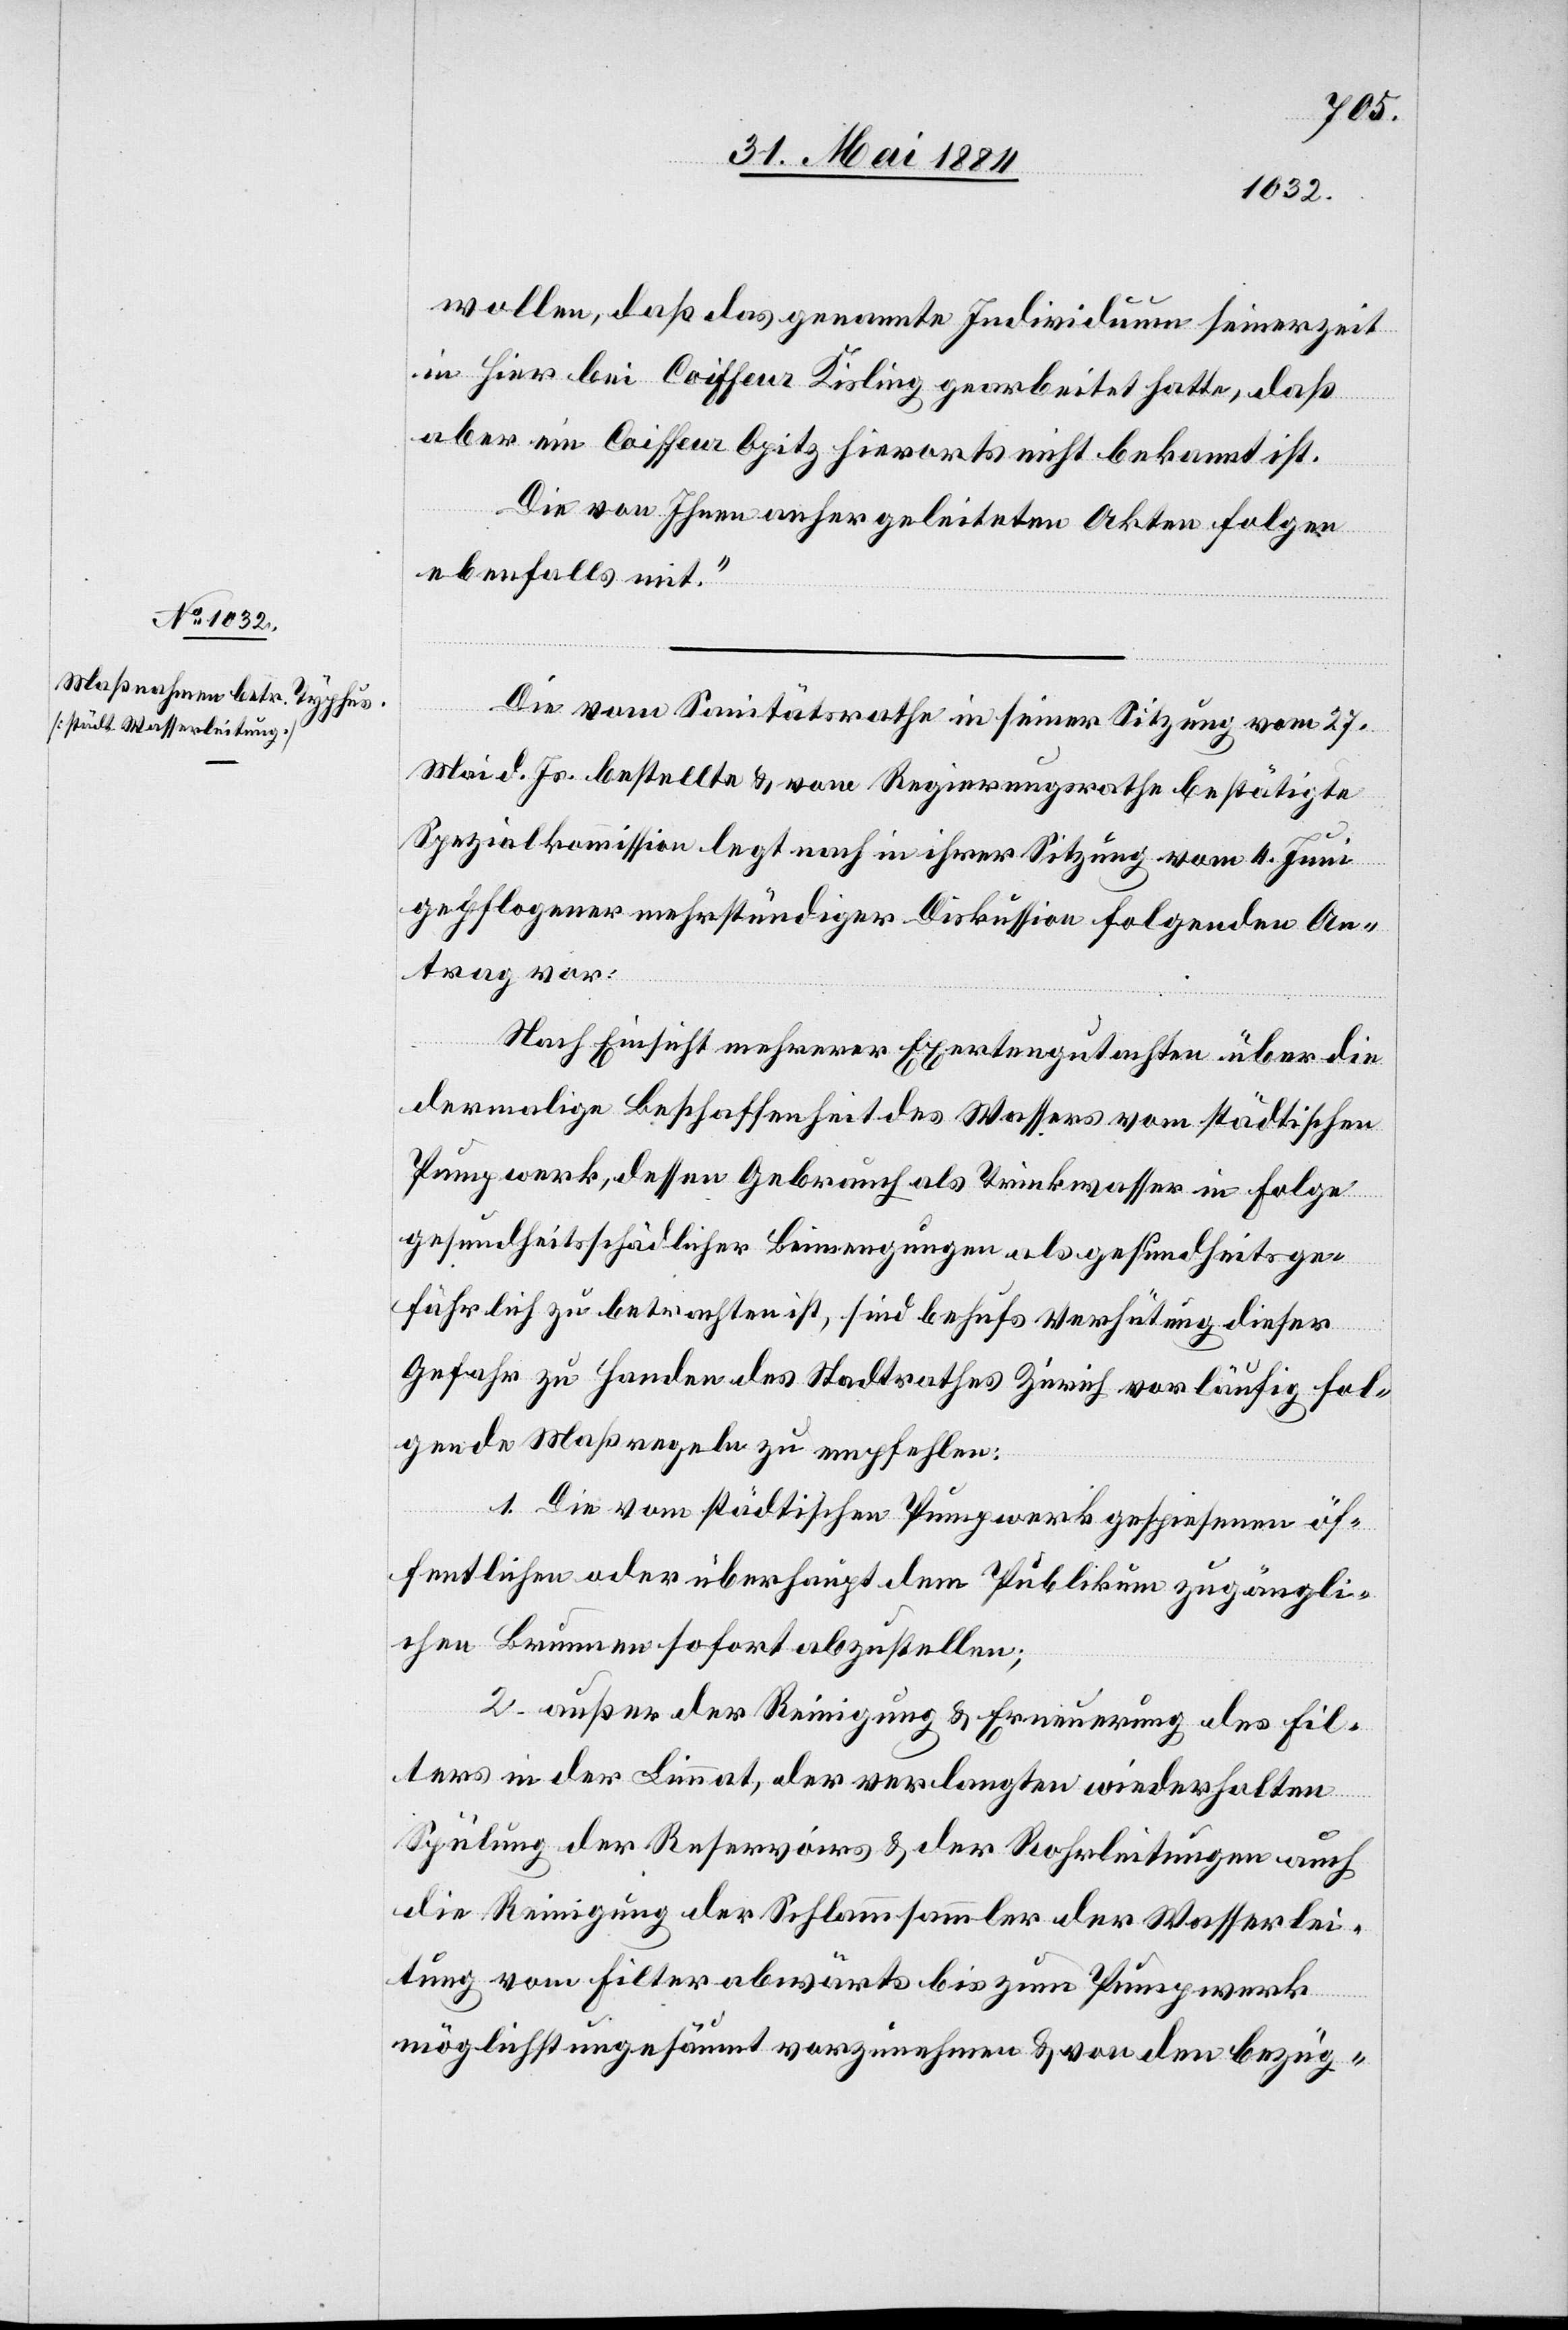
wollen, daß das genannte Individuum seinerzeit
in Hier bei Coiffeur Kisling gearbeitet hatte, daß
aber ein Coiffeur Opitz hierorts nicht bekannt ist.
Die von Ihnen anher geleiteten Akten folgen
ebenfalls mit.“
Die vom Sanitätsrathe in seiner Sitzung vom 27.
Mai d. Js. bestellte & vom Regierungsrathe bestätigte
Spezialkommission legt nach in ihrer Sitzung vom 4. Juni
gepflogener mehrstündiger Diskussion folgenden An¬
trag vor:
Nach Einsicht mehrerer Expertengutachten über die
dermalige Beschaffenheit des Wassers vom städtischen
Pumpwerk, dessen Gebrauch als Trinkwasser in Folge
gesundheitsschädlicher Beimengungen als gesundheitsge¬
fährlich zu betrachten ist, sind behufs Verhütung dieser
Gefahr zu Handen des Stadtrathes Zürich vorläufig fol¬
genden Maßregeln zu empfehlen:
1. Die vom städtischen Pumpwerk gespiesenen öf¬
fentlichen oder überhaupt dem Publikum zugängli¬
chen Brunnen sofort abzustellen;
2. außer der Reinigung & Erneuerung des Fil¬
ters in der Limmat, der verlangten wiederholten
Spülung der Reservoirs & der Rohrleitungen auch
die Reinigung der Schlammsammler der Wasserlei¬
tung vom Filter abwärts bis zum Pumpwerk
möglichst ungesäumt vorzunehmen & von den bezüg-